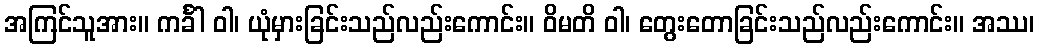
အကြင်သူအား။ ကင်္ခါ ဝါ၊ ယုံမှားခြင်းသည်လည်းကောင်း။ ဝိမတိ ဝါ၊ တွေးတောခြင်းသည်လည်းကောင်း။ အဿ၊